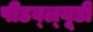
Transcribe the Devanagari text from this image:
पीडब्‍ल्‍यूडी